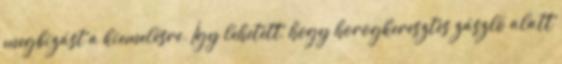
megbízást a kiemelésre. Így lehetett, hogy horogkeresztes zászló alatt